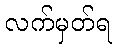
လက်မှတ်ရ